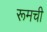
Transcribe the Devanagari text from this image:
रूमची